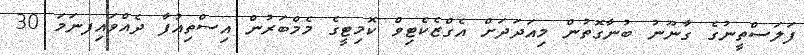
ފަލަސްތީނުގެ ގާނޫނު ބުނާގޮތުން މިއަދަދަށް އެގްޒެކެޓިވް ކޮމިޓީގެ މެމްބަރުން އިސްތިއުފާ ދެއްވައިފނަމަ 30